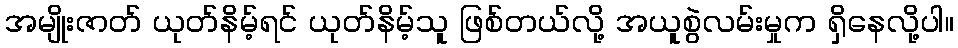
အမျိုးဇာတ် ယုတ်နိမ့်ရင် ယုတ်နိမ့်သူ ဖြစ်တယ်လို့ အယူစွဲလမ်းမှုက ရှိနေလို့ပါ။